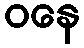
ဝနေ